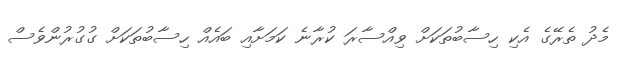
މެދު ތެރޭގެ އެކި ހިސާބުތަކަށް ވިއްސާރަ ކުރާނެ ކަމަށާއި ބައެއް ހިސާބުތަކަށް ގުގުރުންވެސް